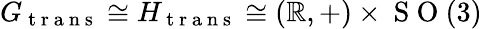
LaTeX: G_{\mathrm{~t~r~a~n~s~}}\cong H_{\mathrm{~t~r~a~n~s~}}\cong(\mathbb{R},+)\times\mathrm{~S~O~}(3)